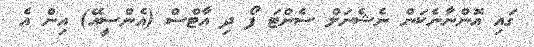
ގައި އޮންނާނެކަން ނެޝެނަލް ސެންޓަ ފޯ ދި އާޓްސް (އެންސީއޭ) އިން އެ